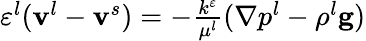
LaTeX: \begin{array}{r}{\varepsilon^{l}(\mathbf{v}^{l}-\mathbf{v}^{s})=-\frac{k^{\varepsilon}}{\mu^{l}}(\mathbf{\nabla}p^{l}-\rho^{l}\mathbf{g})}\end{array}